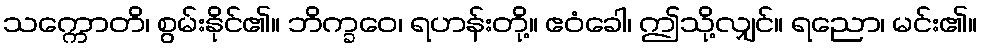
သက္ကောတိ၊ စွမ်းနိုင်၏။ ဘိက္ခဝေ၊ ရဟန်းတို့။ ဧဝံခေါ၊ ဤသို့လျှင်။ ရညော၊ မင်း၏။